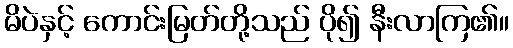
မိပဲနှင့် ကောင်းမြတ်တို့သည် ပို၍ နီးလာကြ၏။